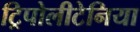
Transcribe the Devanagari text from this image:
ट्रिपोलीटेनिया